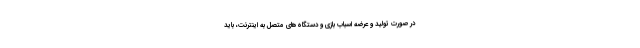
در صورت تولید و عرضه اسباب بازی و دستگاه‌های متصل به اینترنت، باید